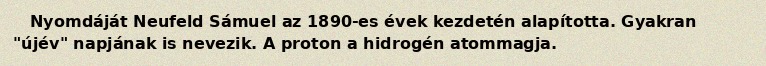
Nyomdáját Neufeld Sámuel az 1890-es évek kezdetén alapította. Gyakran "újév" napjának is nevezik. A proton a hidrogén atommagja.